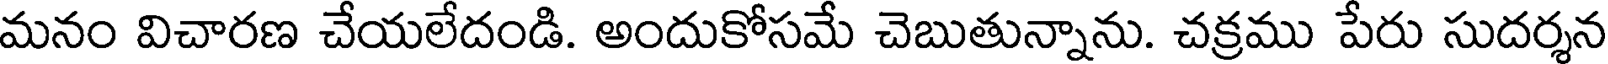
మనం విచారణ చేయలేదండి. అందుకోసమే చెబుతున్నాను. చక్రము పేరు సుదర్శన